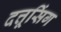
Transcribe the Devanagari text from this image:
दत्तूसिंग